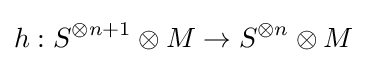
h:S^{\otimes n+1}\otimes M\to S^{\otimes n}\otimes M